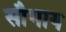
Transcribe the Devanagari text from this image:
सौभाय